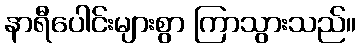
နာရီပေါင်းများစွာ ကြာသွားသည်။